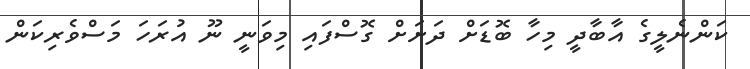
ކަންނެލީގެ އާބާދީ މިހާ ބޮޑަށް ދަށަށް ގޮސްފައި މިވަނީ ނޫ އުރަހަ މަސްވެރިކަން